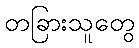
တခြားသူတွေ